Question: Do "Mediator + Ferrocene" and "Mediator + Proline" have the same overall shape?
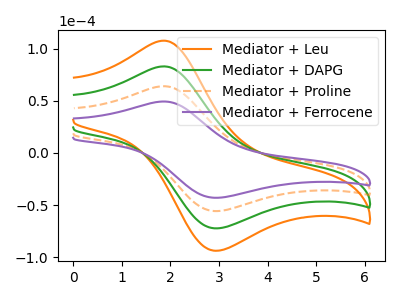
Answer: <think>The orange curve "Mediator + Leu" has an anodic peak at (1.90V, 192.20uA) and a cathodic peak at (3.00V, -167.10uA). The green curve "Mediator + DAPG" has an anodic peak at (1.90V, 128.15uA) and a cathodic peak at (3.00V, -111.40uA). The orange dashed curve "Mediator + Proline" has an anodic peak at (1.90V, 64.05uA) and a cathodic peak at (3.00V, -55.70uA). The purple curve "Mediator + Ferrocene" has an anodic peak at (1.90V, 49.40uA) and a cathodic peak at (3.00V, -42.95uA).
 All the peaks in "Mediator + Ferrocene" have a peak in "Mediator + Proline" at the same potential. Every peak in "Mediator + Ferrocene" is lower than every peak in "Mediator + Proline".</think>
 <answer>"Mediator + Ferrocene" and "Mediator + Proline" are similar in shape.</answer>
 <eval>same_shape</eval>